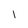
Character: l